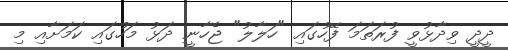
ދީދީ ވިދާޅުވީ ފުރަތަމަ ފޭހުގައި "ހަލާލު" ޖެހާނީ ދަޅު މަހުގައި ކަމަށާއި މި